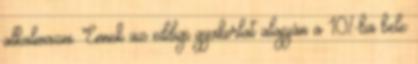
alkalmazni. Ennek az eddigi gyakorlat alapján a 10%-ba bele